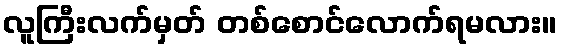
လူကြီးလက်မှတ် တစ်စောင်လောက်ရမလား။